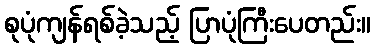
စုပုံကျန်ရစ်ခဲ့သည့် ပြာပုံကြီးပေတည်း။